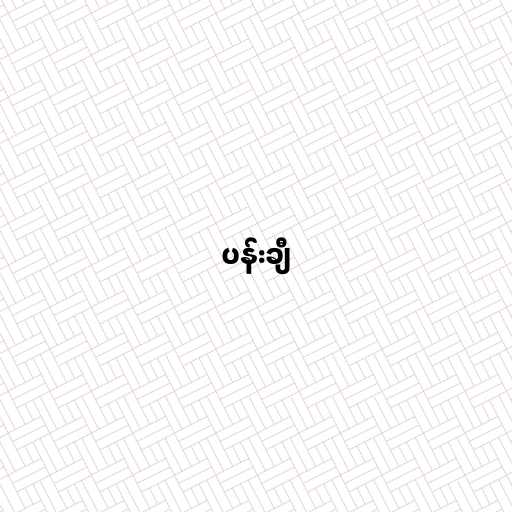
ပန်းချီ